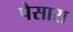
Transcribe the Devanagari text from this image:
पेसारा